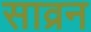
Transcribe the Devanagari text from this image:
साव्रन